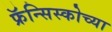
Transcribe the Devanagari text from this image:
फ्रॅन्सिस्कोच्या